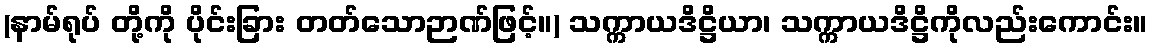
(နာမ်ရုပ် တို့ကို ပိုင်းခြား တတ်သောဉာဏ်ဖြင့်။) သက္ကာယဒိဋ္ဌိယာ၊ သက္ကာယဒိဋ္ဌိကိုလည်းကောင်း။